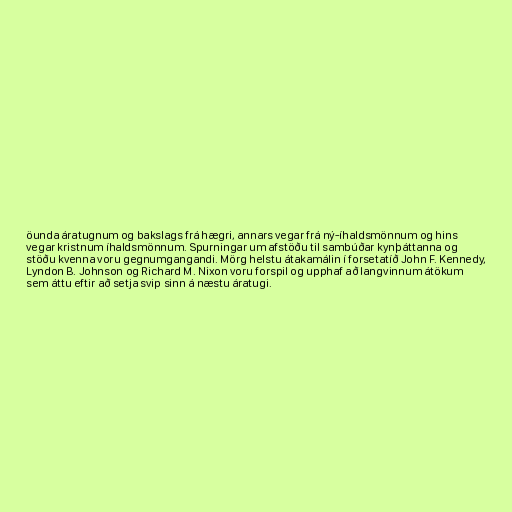
öunda áratugnum og bakslags frá hægri, annars vegar frá ný-íhaldsmönnum og hins
vegar kristnum íhaldsmönnum. Spurningar um afstöðu til sambúðar kynþáttanna og
stöðu kvenna voru gegnumgangandi. Mörg helstu átakamálin í forsetatíð John F. Kennedy,
Lyndon B. Johnson og Richard M. Nixon voru forspil og upphaf að langvinnum átökum
sem áttu eftir að setja svip sinn á næstu áratugi.